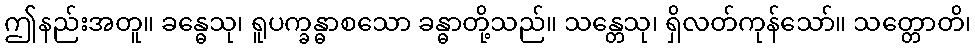
ဤနည်းအတူ။ ခန္ဓေသု၊ ရူပက္ခန္ဓာစသော ခန္ဓာတို့သည်။ သန္တေသု၊ ရှိလတ်ကုန်သော်။ သတ္တောတိ၊